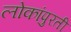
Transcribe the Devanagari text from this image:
लोकांपुरती